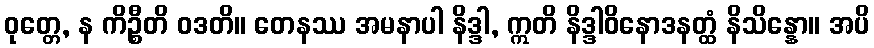
ဝုတ္တေ, န ကိဉ္စီတိ ဝဒတိ။ တေနဿ အမနာပါ နိဒ္ဒါ, ဣတိ နိဒ္ဒါဝိနောဒနတ္ထံ နိသိန္နော။ အပိ